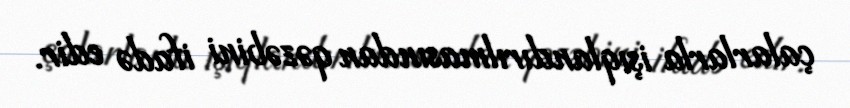
çalarlarla işıqlandırılmasından qəzəbini ifadə edir.